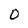
Character: 0